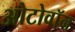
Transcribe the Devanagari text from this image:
ओटोवॉन